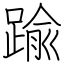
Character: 踰